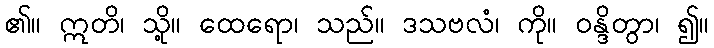
၏။ ဣတိ၊ သို့။ ထေရော၊ သည်။ ဒသဗလံ၊ ကို။ ဝန္ဒိတွာ၊ ၍။